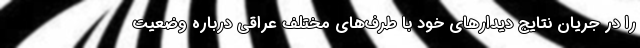
را در جریان نتایج دیدارهای خود با طرف‌های مختلف عراقی درباره وضعیت